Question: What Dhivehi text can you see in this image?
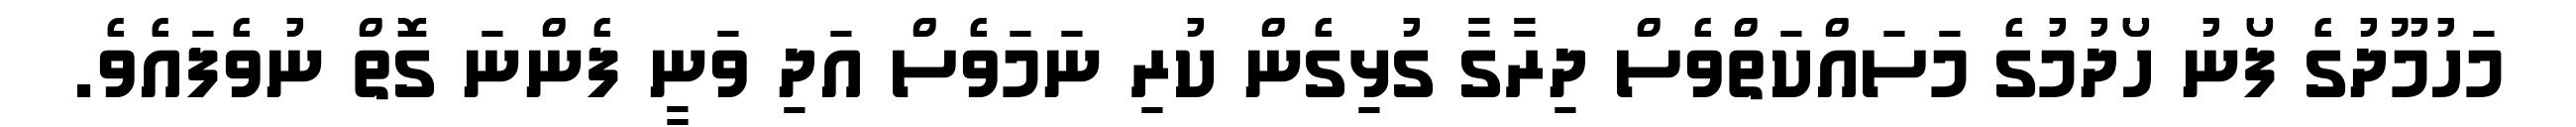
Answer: މަހުމޫދުގެ ފޯނު ހޯދުމުގެ މަސައްކަތްވެސް ދިރާގާ ގުޅިގެން ކުރި ނަމަވެސް އަދި ވަނީ ފެންނަ ގޮތް ނުވެފައެވެ.